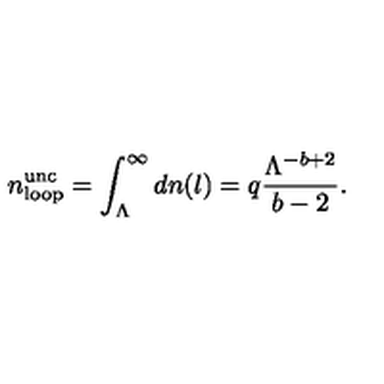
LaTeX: n _ { \mathrm { l o o p } } ^ { \mathrm { u n c } } = \int _ { \Lambda } ^ { \infty } d n ( l ) = q \frac { \Lambda ^ { - b + 2 } } { b - 2 } . \,